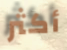
أكثر